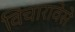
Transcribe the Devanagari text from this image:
विचारावेसे